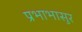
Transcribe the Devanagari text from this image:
प्रभाभासुर